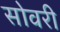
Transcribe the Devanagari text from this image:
सोवरी